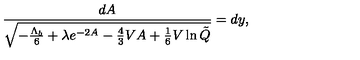
\frac { d A } { \sqrt { - \frac { \Lambda _ { b } } { 6 } + \lambda e ^ { - 2 A } - \frac 4 3 V A + \frac 1 6 V \ln \tilde { Q } } } = d y ,